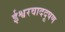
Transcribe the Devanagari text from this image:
ईश्वरवाददूषण